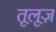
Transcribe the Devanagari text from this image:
तूलूज़